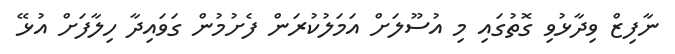
ނާފިޒް ވިދާޅުވި ގޮތުގައި މި އުސޫލަށް އަމަލުކުރަން ފެށުމުން ގަވައިދާ ހިލާފަށް އުޅޭ